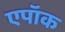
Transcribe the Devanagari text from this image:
एपॉक